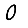
Digit: 0